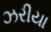
ઝરીયા